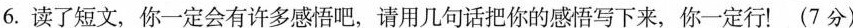
6.读了短文，你一定会有许多感悟吧，请用几句话把你的感悟写下来，你一定行！(7分)